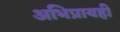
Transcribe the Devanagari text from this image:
अभिप्रायही